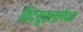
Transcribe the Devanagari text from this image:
विद्युतल्लेपन